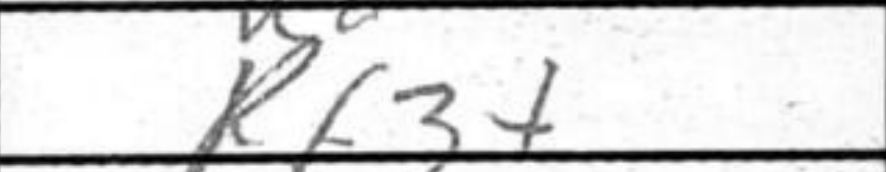
Transcription: Rf3+